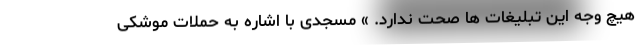
هیچ وجه این تبلیغات ها صحت ندارد. » مسجدی با اشاره به حملات موشکی